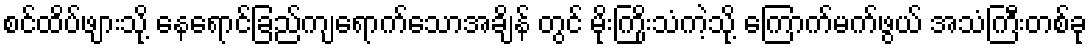
စင်ထိပ်ဖျားသို့ နေရောင်ခြည်ကျရောက်သောအချိန် တွင် မိုးကြိုးသံကဲ့သို့ ကြောက်မက်ဖွယ် အသံကြီးတစ်ခု